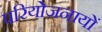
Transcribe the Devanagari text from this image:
परियोजनायों